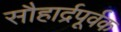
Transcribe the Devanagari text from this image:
सौहार्द्रपूर्वक